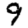
Digit: 9